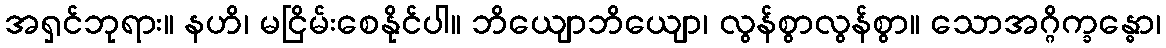
အရှင်ဘုရား။ နဟိ၊ မငြိမ်းစေနိုင်ပါ။ ဘိယျောဘိယျော၊ လွန်စွာလွန်စွာ။ သောအဂ္ဂိက္ခန္ဓော၊